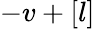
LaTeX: -v+[l]